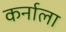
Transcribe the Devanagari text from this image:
कर्नाला